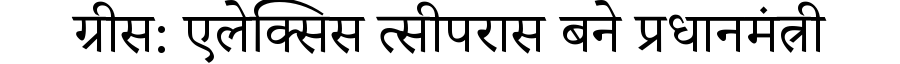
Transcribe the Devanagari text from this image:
ग्रीस: एलेक्सिस त्सीपरास बने प्रधानमंत्री